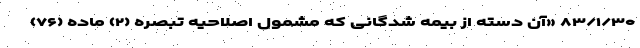
۸۳/۱/۳۰ «آن دسته از بیمه شدگانی که مشمول اصلاحیه تبصره (۲) ماده (۷۶)